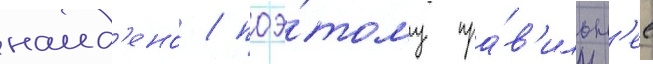
наид'ено / поэ́тому пра́в'ильн'ее